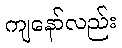
ကျနော်လည်း